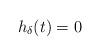
LaTeX: \begin{align*}h_{\delta}(t)=0 \end{align*}